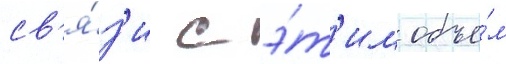
св'я́з'и с э́т'им объе́м